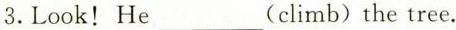
3.Look!He___(climb)the tree4.That peach tree.